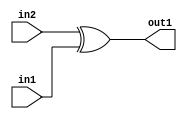
`timescale 1ps / 1ps
/*****************************************************************************
    Verilog RTL Description
    
    
    Created by: Stratus DpOpt 2019.1.01 
*******************************************************************************/

module dut_Xor_1Ux1U_1U_4 (
	in2,
	in1,
	out1
	); /* architecture "behavioural" */ 
input  in2,
	in1;
output  out1;
wire  asc001;

assign asc001 = 
	(in2)
	^(in1);

assign out1 = asc001;
endmodule

/* CADENCE  urjwSAw= : u9/ySgnWtBlWxVPRXgAZ4Og= ** DO NOT EDIT THIS LINE ******/